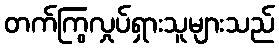
တက်ကြွလှုပ်ရှားသူများသည်